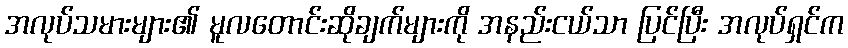
အလုပ်သမားများ၏ မူလတောင်းဆိုချက်များကို အနည်းငယ်သာ ပြင်ပြီး အလုပ်ရှင်က